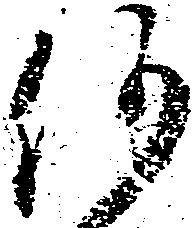
何